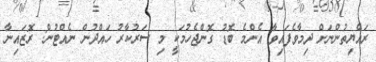
ރައްޔިތުންނަށް ދިމާވެފައިވާ އެންމެ ބޮޑު ގޮންޖެހުމަކީ މި ސަރުކާރު ހައްދުން ނެއްޓުން: ރޮޒައިނާ